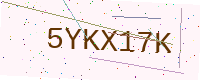
Text: 5YKX17K